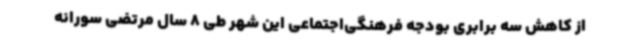
از کاهش سه برابری بودجه فرهنگی‌اجتماعی این شهر طی 8 سال مرتضی سورانه